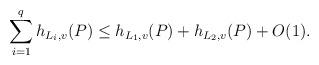
LaTeX: \begin{align*}\sum_{i=1}^q h_{L_i,v}(P)\leq h_{L_1,v}(P)+h_{L_2,v}(P)+O(1).\end{align*}